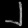
Digit: ၂